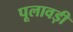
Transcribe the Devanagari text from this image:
पूलावड़ी